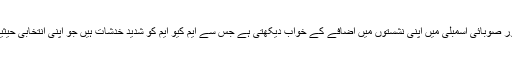
عوامی نیشنل پارٹی قومی اور صوبائی اسمبلی میں اپنی نشستوں میں اضافے کے خواب دیکھتی ہے جس سے ایم کیو ایم کو شدید خدشات ہیں جو اپنی انتخابی حیثیت برقرار رکھنا چاہتی ہے۔